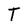
Character: T